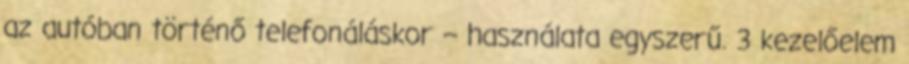
az autóban történő telefonáláskor – használata egyszerű. 3 kezelőelem